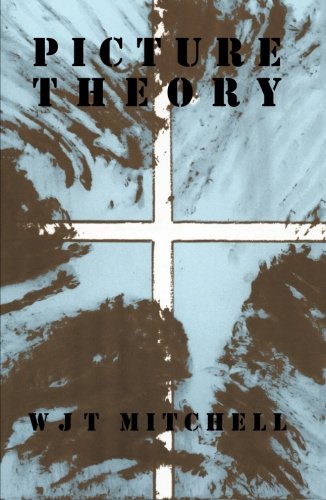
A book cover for Picture Theory: Essays on Verbal and Visual Representation; W. J. T. Mitchell; Humor & Entertainment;